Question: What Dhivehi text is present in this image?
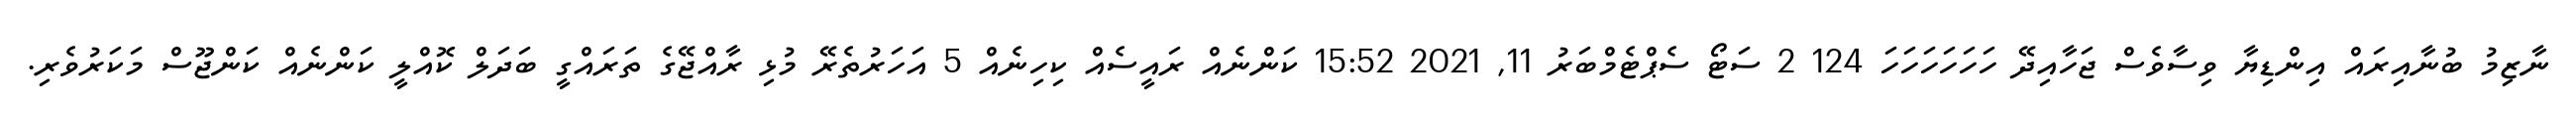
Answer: ނާޒިމު ބުނާއިރައް އިންޑިޔާ ވިސާވެސް ޖަހާއިދޭ ހަހަހަހަހަހަ 124 2 ސަޓޯ ސެޕްޓެމްބަރު 11, 2021 15:52 ކަންނެއް ރައީސެއް ކިހިނެއް 5 އަހަރުތެރޭ މުޅި ރާއްޖޭގެ ތަރައްގީ ބަދަލް ކޮއްލީ ކަންނެއް ކަންޖޫސް މަކަރުވެރި.